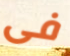
فى